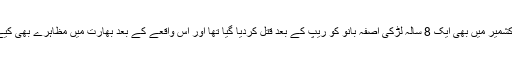
اس سے قبل کشمیر میں بھی ایک 8 سالہ لڑکی آصفہ بانو کو ریپ کے بعد قتل کردیا گیا تھا اور اس واقعے کے بعد بھارت میں مظاہرے بھی کیے گئے تھے۔